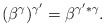
\begin{align*}(\beta ^{\gamma})^{\gamma '} = \beta ^{\gamma ' * \gamma}.\end{align*}